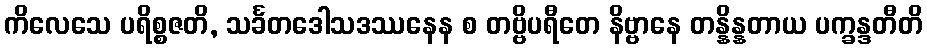
ကိလေသေ ပရိစ္စဇတိ, သင်္ခတဒေါသဒဿနေန စ တဗ္ဗိပရီတေ နိဗ္ဗာနေ တန္နိန္နတာယ ပက္ခန္ဒတီတိ